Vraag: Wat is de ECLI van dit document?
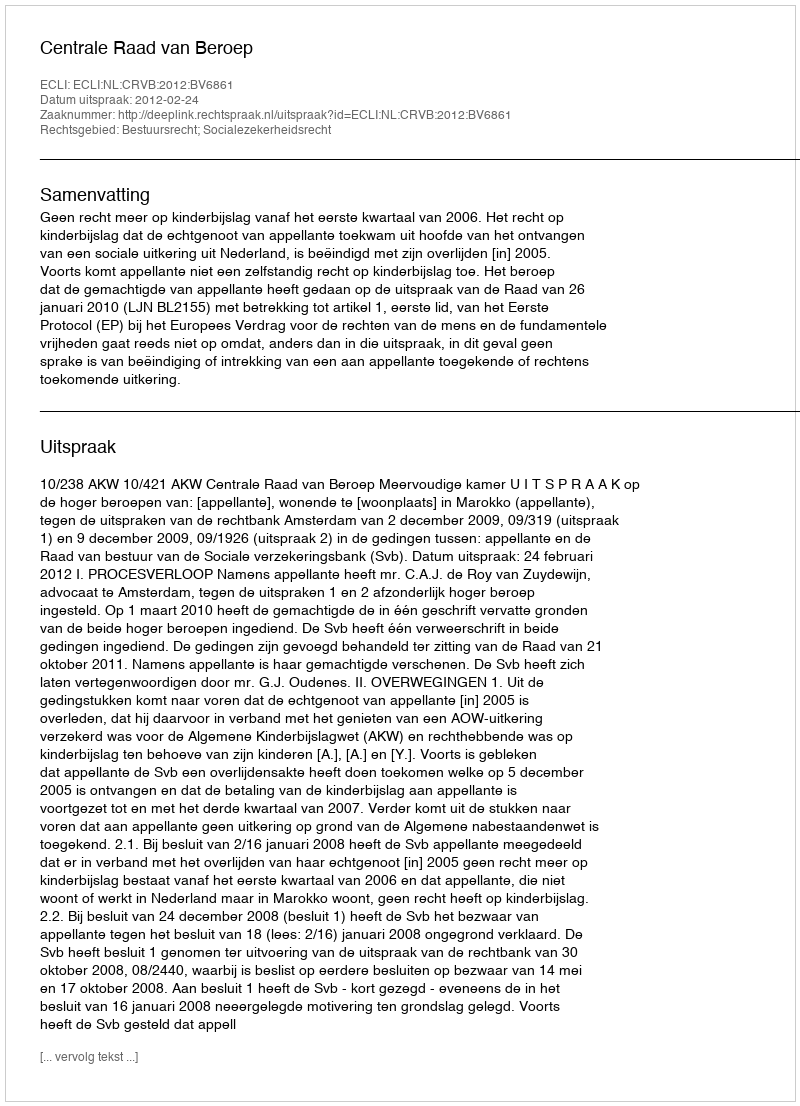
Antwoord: ECLI:NL:CRVB:2012:BV6861